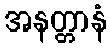
အနတ္တာနံ